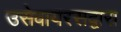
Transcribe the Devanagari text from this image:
उसेवायरसद्वारा